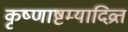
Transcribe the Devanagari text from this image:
कृष्णाष्टम्यादिव्रत